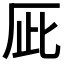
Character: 𠩆